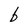
Character: b